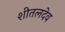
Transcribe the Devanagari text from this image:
शीतलदेव